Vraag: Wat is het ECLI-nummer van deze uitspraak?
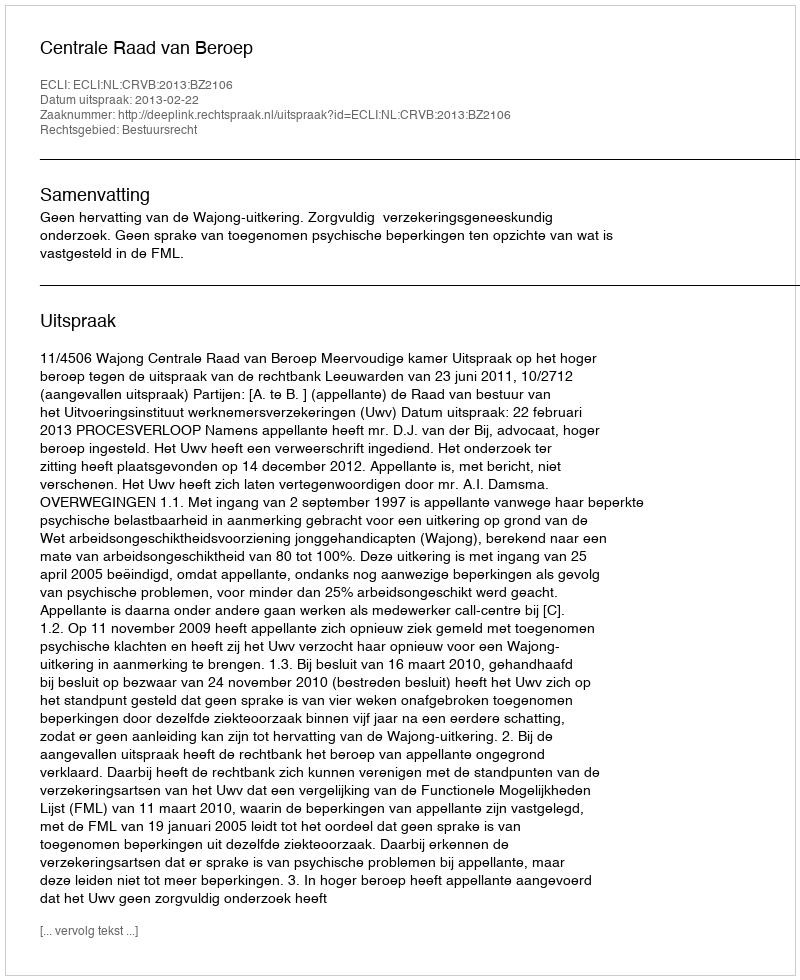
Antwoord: ECLI:NL:CRVB:2013:BZ2106